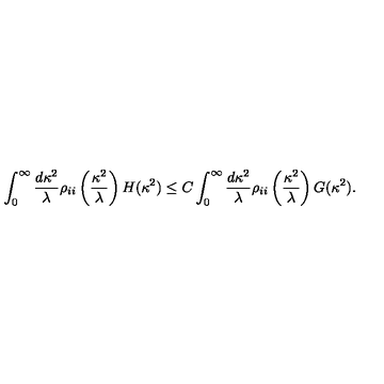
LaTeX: \int _ { 0 } ^ { \infty } \frac { d \kappa ^ { 2 } } { \lambda } \rho _ { i i } \left( \frac { \kappa ^ { 2 } } { \lambda } \right) H ( \kappa ^ { 2 } ) \leq C \int _ { 0 } ^ { \infty } \frac { d \kappa ^ { 2 } } { \lambda } \rho _ { i i } \left( \frac { \kappa ^ { 2 } } { \lambda } \right) G ( \kappa ^ { 2 } ) .